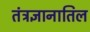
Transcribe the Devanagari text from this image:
तंत्रज्ञानातिल